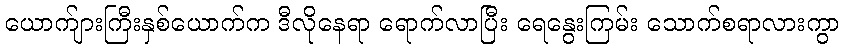
ယောက်ျားကြီးနှစ်ယောက်က ဒီလိုနေရာ ရောက်လာပြီး ရေနွေးကြမ်း သောက်စရာလားကွာ